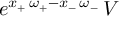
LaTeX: e ^ { x _ { + } \, \omega _ { + } - x _ { - } \, \omega _ { - } } \, V